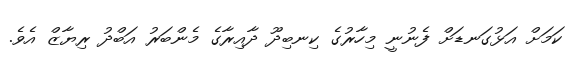
ކަމަށް އަޅުގަނޑަށް ފެނުނީ މިހާރުގެ ކިނބިދޫ ދާއިރާގެ މެންބަރު އަބްދު ރިޔާޒް އެވެ.